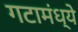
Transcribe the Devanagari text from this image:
गटामंध्ये